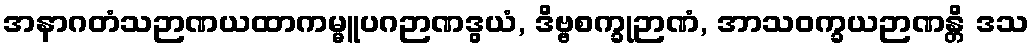
အနာဂတံသဉာဏယထာကမ္မူပဂဉာဏဒွယံ, ဒိဗ္ဗစက္ခုဉာဏံ, အာသဝက္ခယဉာဏန္တိ ဒသ